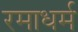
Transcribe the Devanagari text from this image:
रमाधर्म